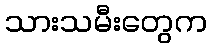
သားသမီးတွေက